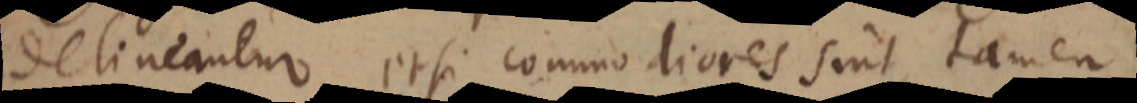
delineantur etsi commodiores sint, tamen